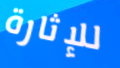
للإثارة